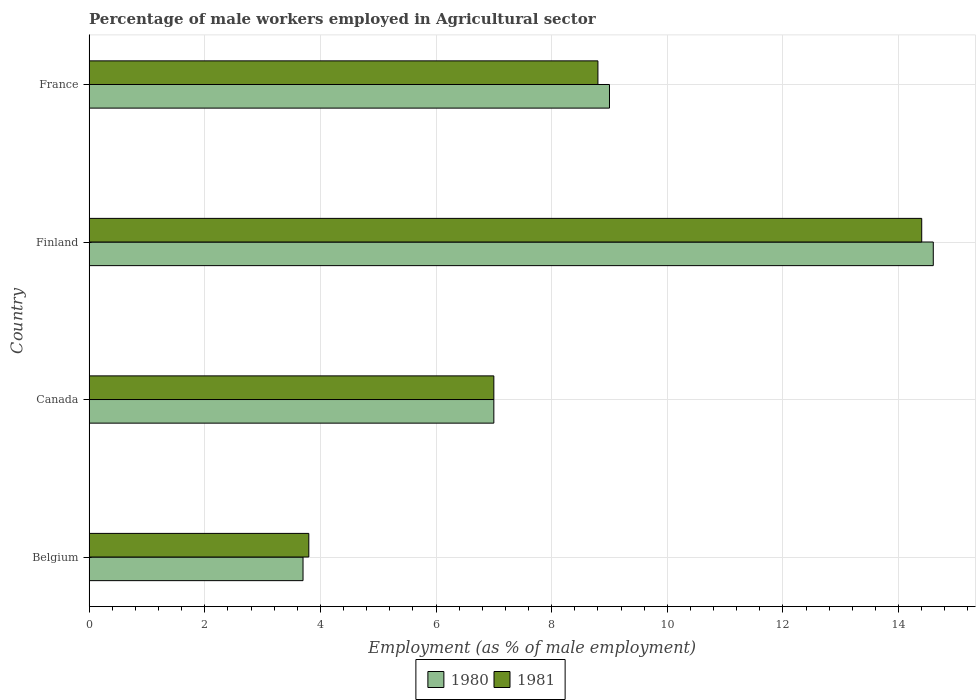
| Country | 1980 | 1981 |
 | --- | --- | --- |
 | Belgium | 3.7 | 3.8 |
 | Canada | 7 | 7 |
 | Finland | 14.6 | 14.4 |
 | France | 9 | 8.8 |